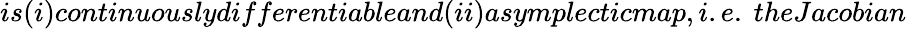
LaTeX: is(i)continuouslydifferentiableand(ii)asymplecticmap,i.e.\ theJacobian